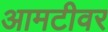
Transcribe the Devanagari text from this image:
आमटीवर